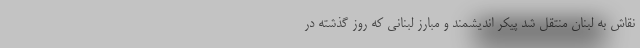
نقاش به لبنان منتقل شد پیکر اندیشمند و مبارز لبنانی که روز گذشته در